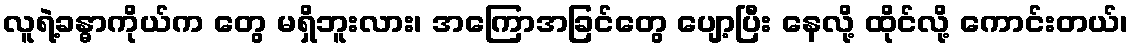
လူရဲ့ခန္ဓာကိုယ်က တွေ မရှိဘူးလား၊ အကြောအခြင်တွေ ပျော့ပြီး နေလို့ ထိုင်လို့ ကောင်းတယ်၊